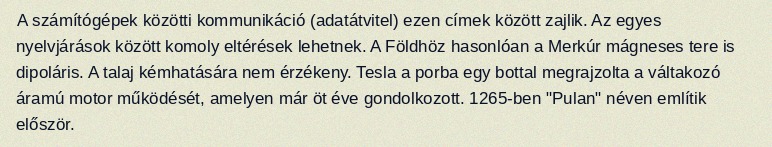
A számítógépek közötti kommunikáció (adatátvitel) ezen címek között zajlik. Az egyes nyelvjárások között komoly eltérések lehetnek. A Földhöz hasonlóan a Merkúr mágneses tere is dipoláris. A talaj kémhatására nem érzékeny. Tesla a porba egy bottal megrajzolta a váltakozó áramú motor működését, amelyen már öt éve gondolkozott. 1265-ben "Pulan" néven említik először.